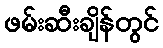
ဖမ်းဆီးချိန်တွင်